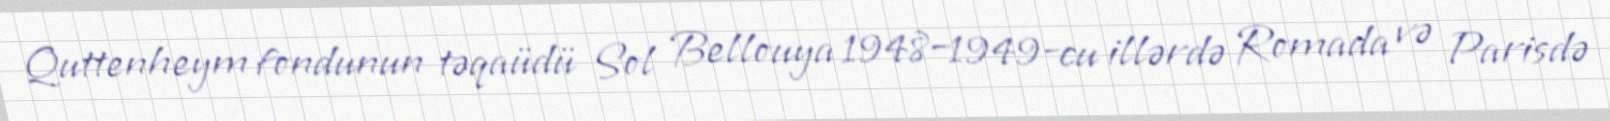
Quttenheym fondunun təqaüdü Sol Bellouya 1948–1949-cu illərdə Romada və Parisdə